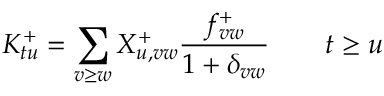
K _ { t u } ^ { + } = \sum _ { v \ge w } X _ { u , v w } ^ { + } \frac { f _ { v w } ^ { + } } { 1 + \delta _ { v w } } \qquad t \ge u